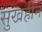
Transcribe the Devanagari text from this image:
सुखहीन